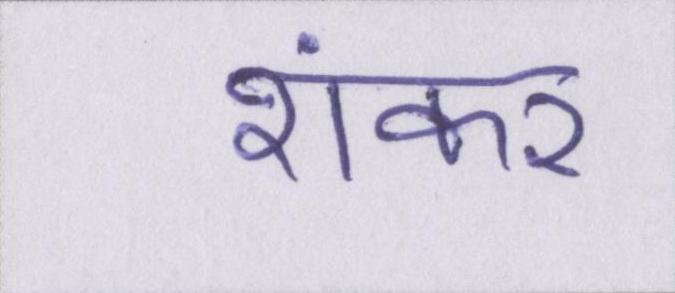
शंकर